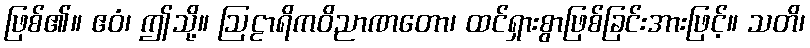
ဖြစ်၏။ ဧဝံ၊ ဤသို့။ ဩဠာရိကဝိညာဏတော၊ ထင်ရှားစွာဖြစ်ခြင်းအားဖြင့်။ သတိ၊